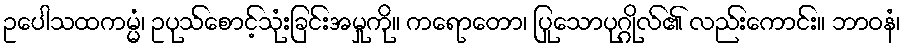
ဥပေါသထကမ္မံ၊ ဥပုသ်စောင့်သုံးခြင်းအမှုကို။ ကရောတော၊ ပြုသောပုဂ္ဂိုလ်၏ လည်းကောင်း။ ဘာဝနံ၊